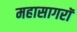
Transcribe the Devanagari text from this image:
महासागरॉ